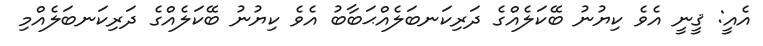
އެއީ: ޤީނީ އެވެ ކިޔުނު ބޭކަލެއްގެ ދަރިކަނބަލެއްޙަބާބު އެވެ ކިޔުނު ބޭކަލެއްގެ ދަރިކަނބަލެއްމި